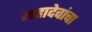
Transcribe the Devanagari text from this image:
महादेवांचा